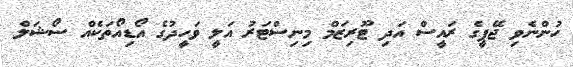
ހުންނެވި ޖޭޕީގެ ރައީސް އަދި ޓޫރިޒަމް މިނިސްޓަރު އަލީ ވަހީދުގެ އޯޑިއޯތަކެއް ސޯޝަލް